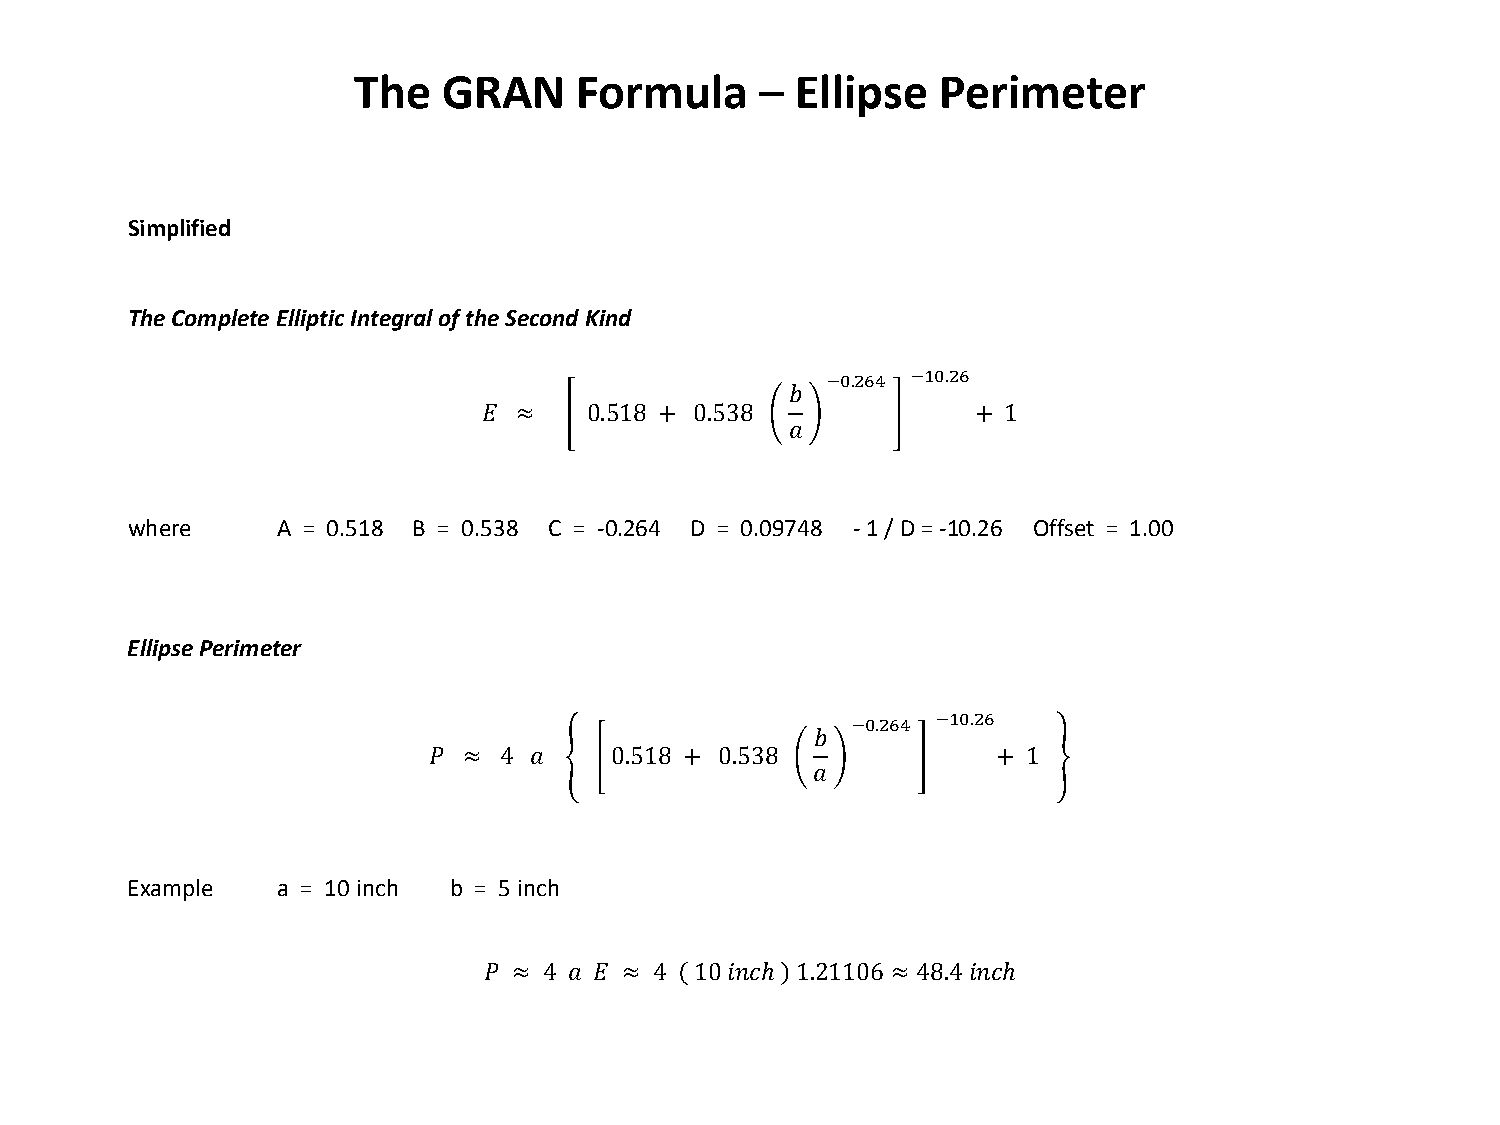
The   GRAN     Formula     –  Ellipse  Perimeter
 Simplified
 The Complete Elliptic Integral of the Second Kind
 −0.264 −10.26
 𝑏
 𝐸 ≈    0.518 + 0.538             + 1
 𝑎
 where     A = 0.518 B = 0.538 C = -0.264 D = 0.09748 - 1 / D = -10.26 Offset = 1.00
 Ellipse Perimeter
 −0.264 −10.26
 𝑏
 𝑃  ≈ 4 𝑎    0.518 + 0.538             + 1
 𝑎
 Example   a = 10 inch b = 5 inch
 𝑃 ≈ 4 𝑎 𝐸 ≈ 4 10 𝑠𝑠𝐴ℎ 1.21106 ≈ 48.4 𝑠𝑠𝐴ℎ